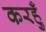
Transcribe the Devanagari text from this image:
करहुँ